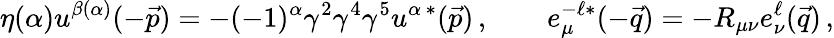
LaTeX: \eta(\alpha)u^{\beta(\alpha)}(-\vec{p})=-(-1)^{\alpha}\gamma^{2}\gamma^{4}\gamma^{5}u^{\alpha\, *}(\vec{p})\, ,\qquad e_{\mu}^{-\ell*}(-\vec{q})=-R_{\mu\nu}e_{\nu}^{\ell}(\vec{q})\, ,